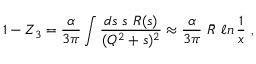
1 - Z _ { 3 } = \frac { \alpha } { 3 \pi } \int \frac { d s ~ s ~ R ( s ) } { ( Q ^ { 2 } + s ) ^ { 2 } } \approx \frac { \alpha } { 3 \pi } ~ \bar { R } ~ \ell n \, \frac { 1 } { x } \ ,